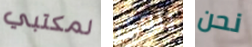
لمكتبي ينوى نحن